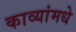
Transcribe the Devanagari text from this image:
काव्यांमधे